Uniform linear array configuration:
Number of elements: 24
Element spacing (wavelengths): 1
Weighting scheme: blackman
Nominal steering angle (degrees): -45
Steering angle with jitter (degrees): -45.06
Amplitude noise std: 0.05
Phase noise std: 0.05

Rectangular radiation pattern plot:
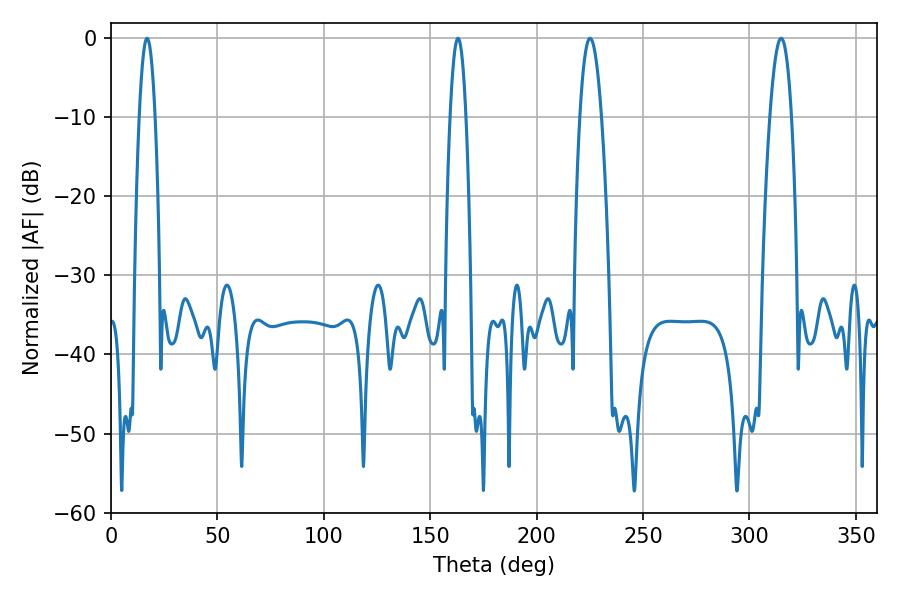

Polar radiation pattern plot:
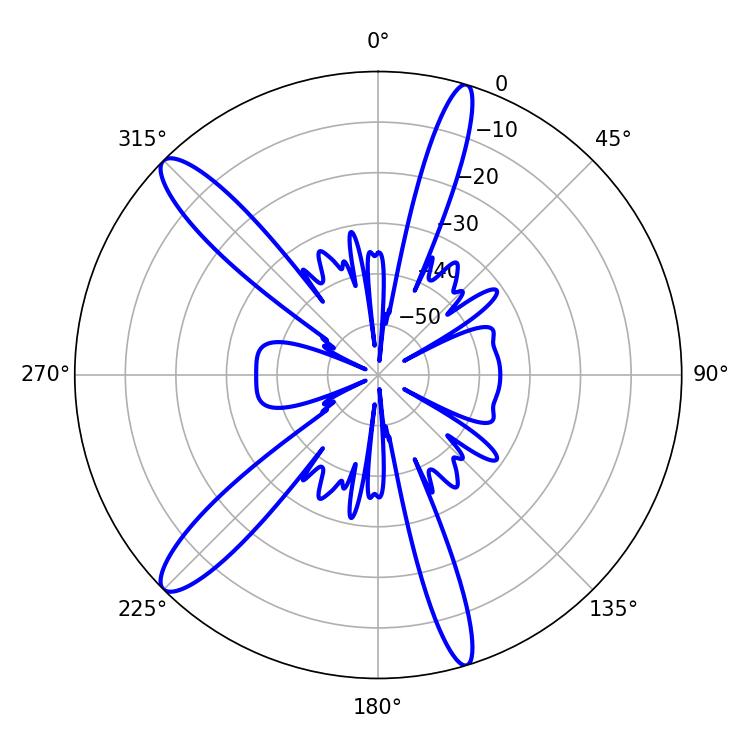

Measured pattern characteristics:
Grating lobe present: TRUE
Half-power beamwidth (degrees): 3.96
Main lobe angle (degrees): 16.92